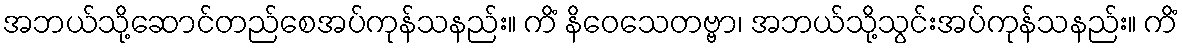
အဘယ်သို့ဆောင်တည်စေအပ်ကုန်သနည်း။ ကိံ နိဝေသေတဗ္ဗာ၊ အဘယ်သို့သွင်းအပ်ကုန်သနည်း။ ကိံ